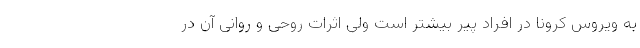
به ویروس کرونا در افراد پیر بیشتر است ولی اثرات روحی و روانی آن در